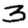
Digit: 3